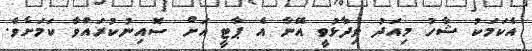
އެކަމަކު ޝާހު މިއަދު ވިދާޅުވީ އޭނާ އެ ޕާޓީ އަށް ސޮއިނުކުރައްވާ ކަމަށެވެ.